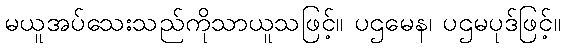
မယူအပ်သေးသည်ကိုသာယူသဖြင့်။ ပဌမေန၊ ပဌမပုဒ်ဖြင့်။